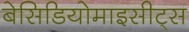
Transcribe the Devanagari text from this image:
बेसिडियोमाइसीट्स